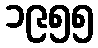
၁၉၅၅